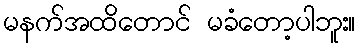
မနက်အထိတောင် မခံတော့ပါဘူး။